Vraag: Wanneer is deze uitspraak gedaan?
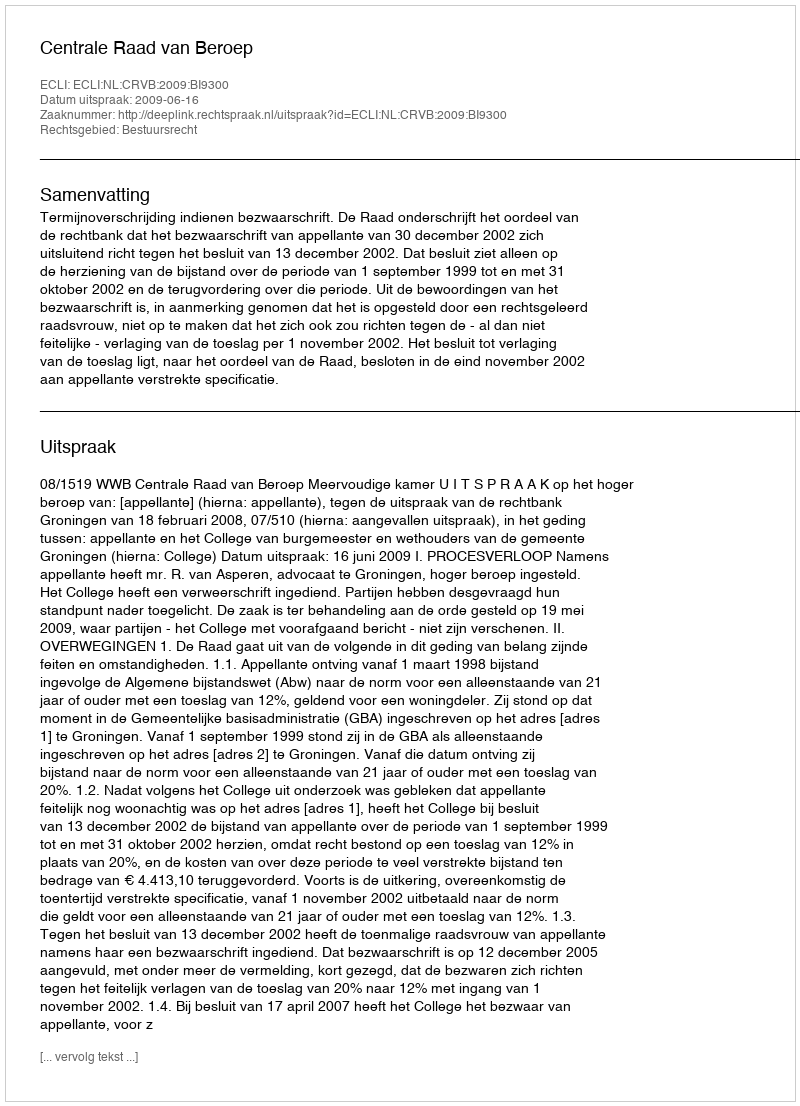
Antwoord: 2009-06-16